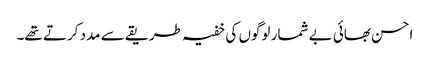
احسن بھائی بے شمار لوگوں کی خفیہ طریقے سے مدد کرتے تھے۔